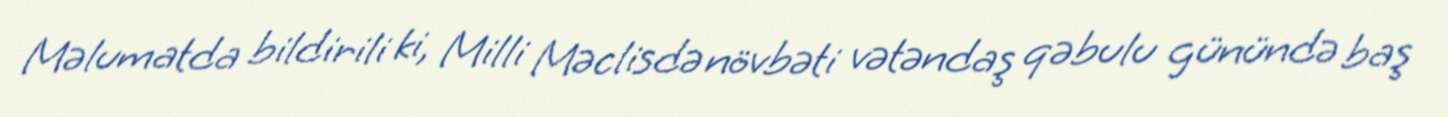
Məlumatda bildirili ki, Milli Məclisdə növbəti vətəndaş qəbulu günündə baş